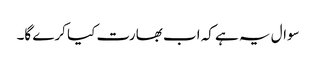
سوال یہ ہے کہ اب بھارت کیا کرے گا۔